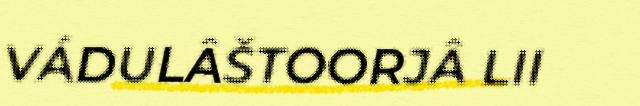
VÁDULÂŠTOORJÂ LII